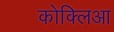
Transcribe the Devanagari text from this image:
कोक्लिआ